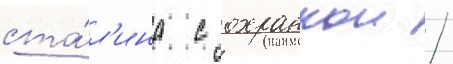
ста́л'ина с охранкои /